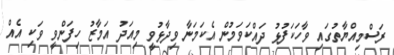
ރަސްމިއްޔާތުގައި ވާހަކަފުޅު ދައްކަަވަމުން އެކަމަނާ ވިދާޅުވީ މިއަދު އަމާޒު ހިފަންވީ ވަކި އެއް